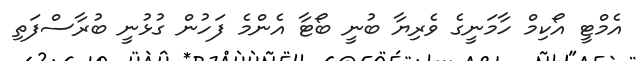
އެމްޓީ އޯކިމް ހާމަނީގެ ވެރިޔާ ބުނީ ބޯޓާ އެންމެ ފަހުން ގުޅުނީ ބުރާސްފަތި